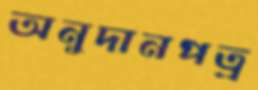
অনুদানপত্র